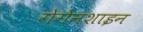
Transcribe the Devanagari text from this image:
गेगेनशाइन